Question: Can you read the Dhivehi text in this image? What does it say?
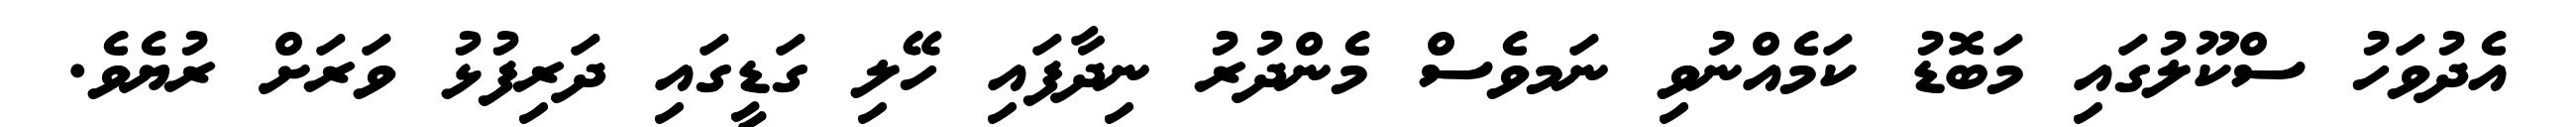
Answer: އެދުވަހު ސްކޫލުގައި މަބޮޑު ކަމެއްނުވި ނަމވެސް މެންދުރު ނިދާފައި ހޭލި ގަޑީގައި ދަރިފުޅު ވަރަށް ރުޔެވެ.